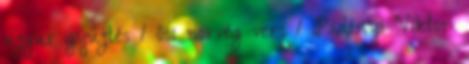
ujgur gyűjtés 1 ősi norvég vers 1 Padányi Viktor: